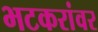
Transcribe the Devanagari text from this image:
भटकरांवर